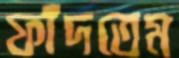
ফাঁদতেম